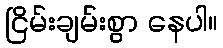
ငြိမ်းချမ်းစွာ နေပါ။